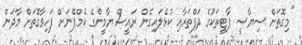
"މިގޮތަށް ސިޔާސީ ޕާޓީތަކުގެ ދަފްތަރާއި ކުޅެލައިގެން ރައީސް ޔާމީންގެ ކެމްޕޭނަށް ފަހިވާގޮތަށް މާދަން